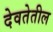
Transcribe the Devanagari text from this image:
देवतेतील